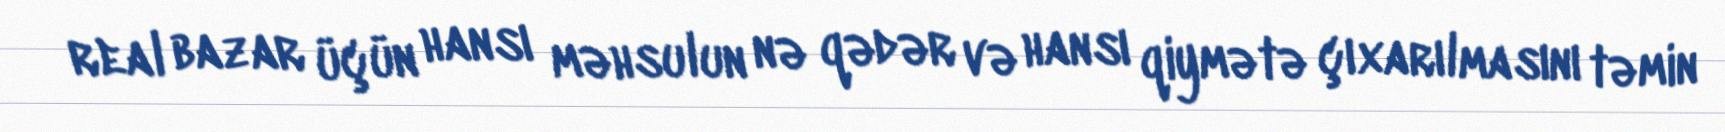
real bazar üçün hansı məhsulun nə qədər və hansı qiymətə çıxarılmasını təmin